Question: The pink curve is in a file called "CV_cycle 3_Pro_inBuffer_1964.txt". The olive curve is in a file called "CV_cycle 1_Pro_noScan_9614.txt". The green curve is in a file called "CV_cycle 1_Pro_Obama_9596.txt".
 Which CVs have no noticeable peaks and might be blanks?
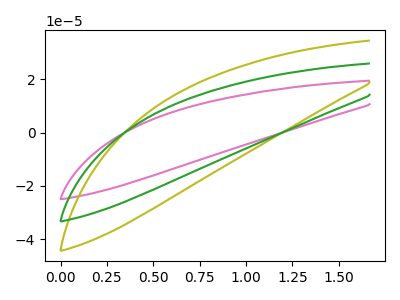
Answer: <think>The pink curve "Pro cycle 3" has no peaks. The olive curve "Pro cycle 1" has no peaks. The green curve "Pro cycle 1" has no peaks.</think>
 <answer>"Pro cycle 3", "Pro cycle 1" and "Pro cycle 1" are likely to be blanks.</answer>
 <eval>"Pro cycle 3", "Pro cycle 1", "Pro cycle 1"</eval>